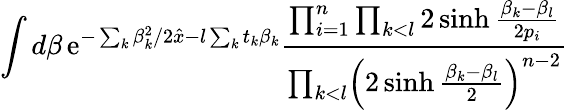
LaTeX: \int d\beta\, \mathrm{e}^{-\sum_{k}\beta_{k}^{2}/2\hat{x}-l\sum_{k}t_{k}\beta_{k}}{\frac{\prod_{i=1}^{n}\prod_{k<l}2\sinh{\frac{\beta_{k}-\beta_{l}}{2p_{i}}}}{\prod_{k<l}\Bigl(2\sinh{\frac{\beta_{k}-\beta_{l}}{2}}\Bigr)^{n-2}}}